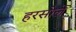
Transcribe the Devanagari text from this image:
हरसोले